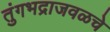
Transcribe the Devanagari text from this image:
तुंगभद्राजवळचे